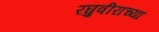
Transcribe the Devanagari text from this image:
रघुवीराच्या